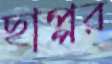
ছাপ্পর